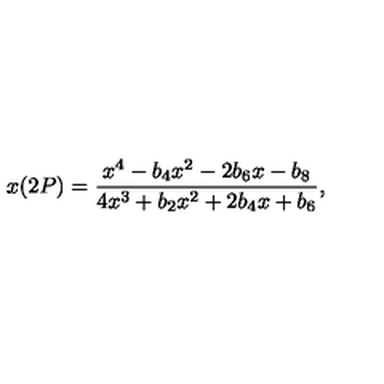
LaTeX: x ( 2 P ) = \frac { x ^ { 4 } - b _ { 4 } x ^ { 2 } - 2 b _ { 6 } x - b _ { 8 } } { 4 x ^ { 3 } + b _ { 2 } x ^ { 2 } + 2 b _ { 4 } x + b _ { 6 } } ,